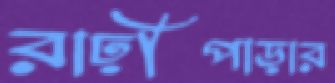
রাঢ়ীপাড়ার